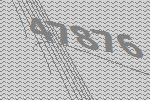
47876